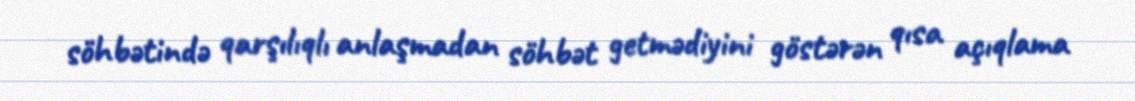
söhbətində qarşılıqlı anlaşmadan söhbət getmədiyini göstərən qısa açıqlama